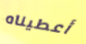
أعطيناه